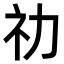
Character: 𥘋